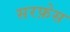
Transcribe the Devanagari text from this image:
सरफ़ेस